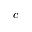
c